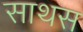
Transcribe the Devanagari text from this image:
साथस